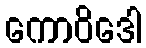
ကောဝိဒေါ